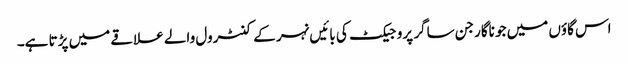
اس گاؤں میں جو ناگارجن ساگر پروجیکٹ کی بائیں نہر کے کنٹرول والے علاقے میں پڑتا ہے۔